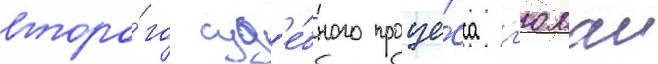
второ́го суд'е́бного проце́сса г'юлаи